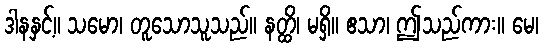
ဒါနနှင့်။ သမော၊ တူသောသူသည်။ နတ္ထိ၊ မရှိ။ ဧသာ၊ ဤသည်ကား။ မေ၊